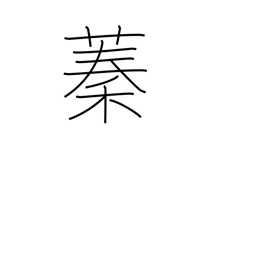
Meaning: thicket